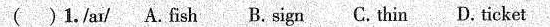
( )1./ar/ A.fish B. sign C. thin D. ticket